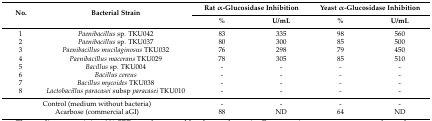
<table><thead><tr><td rowspan="2"><b>No.</b></td><td rowspan="2"><b>Bacterial Strain</b></td><td colspan="2"><b>Rat α-Glucosidase Inhibition</b></td><td colspan="2"><b>Yeast α-Glucosidase Inhibition</b></td></tr><tr><td><b>%</b></td><td><b>U/mL</b></td><td><b>%</b></td><td><b>U/mL</b></td></tr></thead><tbody><tr><td>1</td><td><i>Paenibacillus</i> sp. TKU042</td><td>83</td><td>335</td><td>98</td><td>560</td></tr><tr><td>2</td><td><i>Paenibacillus</i> sp. TKU037 </td><td>80</td><td>300</td><td>85</td><td>500</td></tr><tr><td>3</td><td><i>Paenibacillus mucilaginosus</i> TKU032</td><td>76</td><td>298</td><td>79</td><td>450</td></tr><tr><td>4</td><td><i>Paenibacillus macerans</i> TKU029 </td><td>78</td><td>305</td><td>85</td><td>510</td></tr><tr><td>5</td><td><i>Bacillus</i> sp. TKU004</td><td>-</td><td>-</td><td>-</td><td>-</td></tr><tr><td>6</td><td><i>Bacillus cereus</i></td><td>-</td><td>-</td><td>-</td><td>-</td></tr><tr><td>7</td><td><i>Bacillus mycoides</i> TKU038</td><td>-</td><td>-</td><td>-</td><td>-</td></tr><tr><td>8</td><td><i>Lactobacillus paracasei</i> subsp <i>paracasei</i> TKU010</td><td>-</td><td>-</td><td>-</td><td>-</td></tr><tr><td colspan="2">Control (medium without bacteria)</td><td>-</td><td>-</td><td>-</td><td>-</td></tr><tr><td colspan="2">Acarbose (commercial aGI) </td><td>88</td><td>ND</td><td>64</td><td>ND</td></tr></tbody></table>